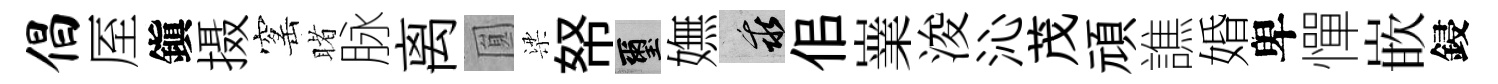
倡厔鎭摄窰睹脉离圎梁帑璽嫵乖佀嶪浚沁茂頑譙婚卑憚嵌鋟